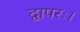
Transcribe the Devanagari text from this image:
द्वापरः।